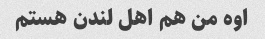
اوه من هم اهل لندن هستم